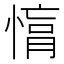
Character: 𢟚